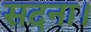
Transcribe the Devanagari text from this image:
सदना।